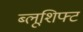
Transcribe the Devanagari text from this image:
ब्लूशिफ्ट